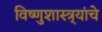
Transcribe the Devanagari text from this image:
विष्णुशास्त्र्यांचे